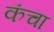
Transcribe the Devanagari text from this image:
कंचा